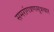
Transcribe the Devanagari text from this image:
समरांगत्रणसूत्रधार